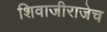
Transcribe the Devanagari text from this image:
शिवाजीराजेच